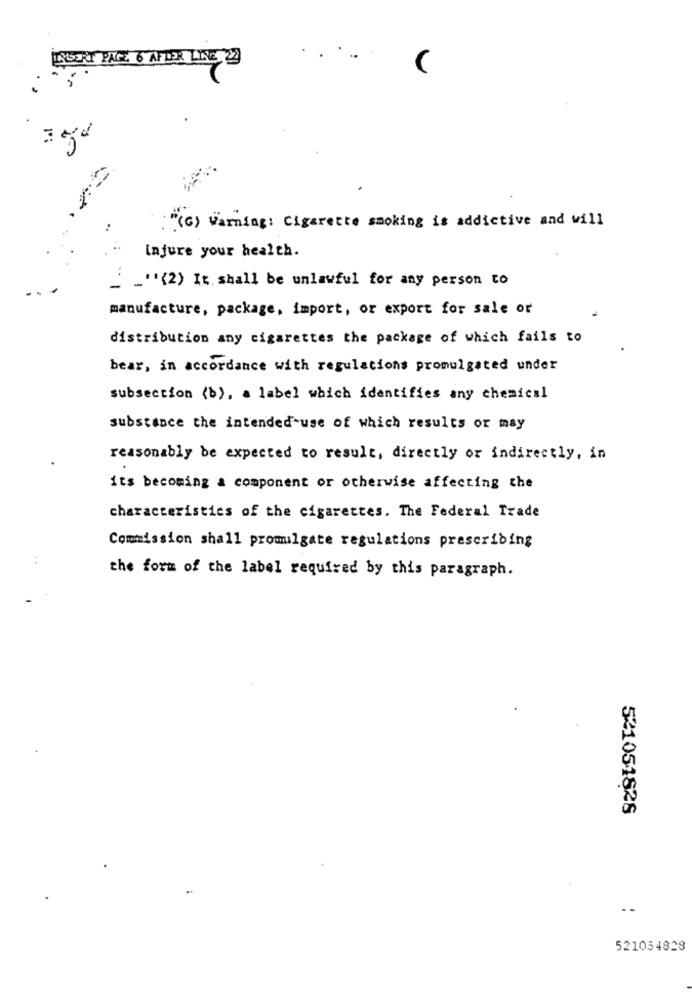
....
ENSORT PAGE 6 APPER LINE 22
: "(G) Warning: Cigarette smoking is addictive and will
injure your health.
_ _ "(2) It. shall be unlawful for any person to
manufacture, package, import, or export for sale or
distribution any cigarettes the package of which fails to
bear, in accordance with regulations promulgated under
subsection (b), a label which identifies any chemical
substance the intended-use of which results or may
reasonably be expected to result, directly or indirectly, in
its becoming a component or otherwise affecting the
characteristics of the cigarettes. The Federal Trade
Commission shall promulgate regulations prescribing
the form of the label required by this paragraph.
521051828
521054828